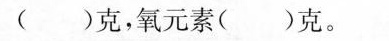
( )克，氧元素( )克。